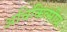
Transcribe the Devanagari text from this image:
अचिकित्सीय